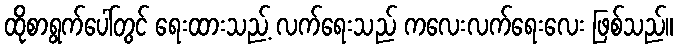
ထိုစာရွက်ပေါ်တွင် ရေးထားသည့် လက်ရေးသည် ကလေးလက်ရေးလေး ဖြစ်သည်။